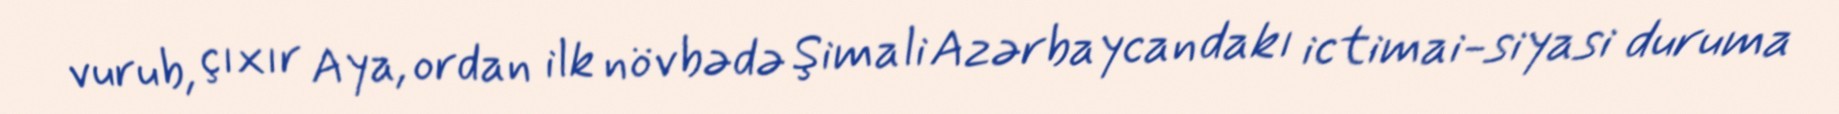
vurub, çıxır Aya, ordan ilk növbədə Şimali Azərbaycandakı ictimai-siyasi duruma